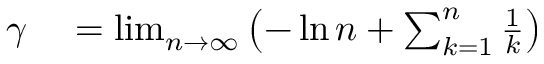
\begin{array} { r l } { \gamma } & { { } = \operatorname* { l i m } _ { n \to \infty } \left( - \ln n + \sum _ { k = 1 } ^ { n } { \frac { 1 } { k } } \right) } \end{array}